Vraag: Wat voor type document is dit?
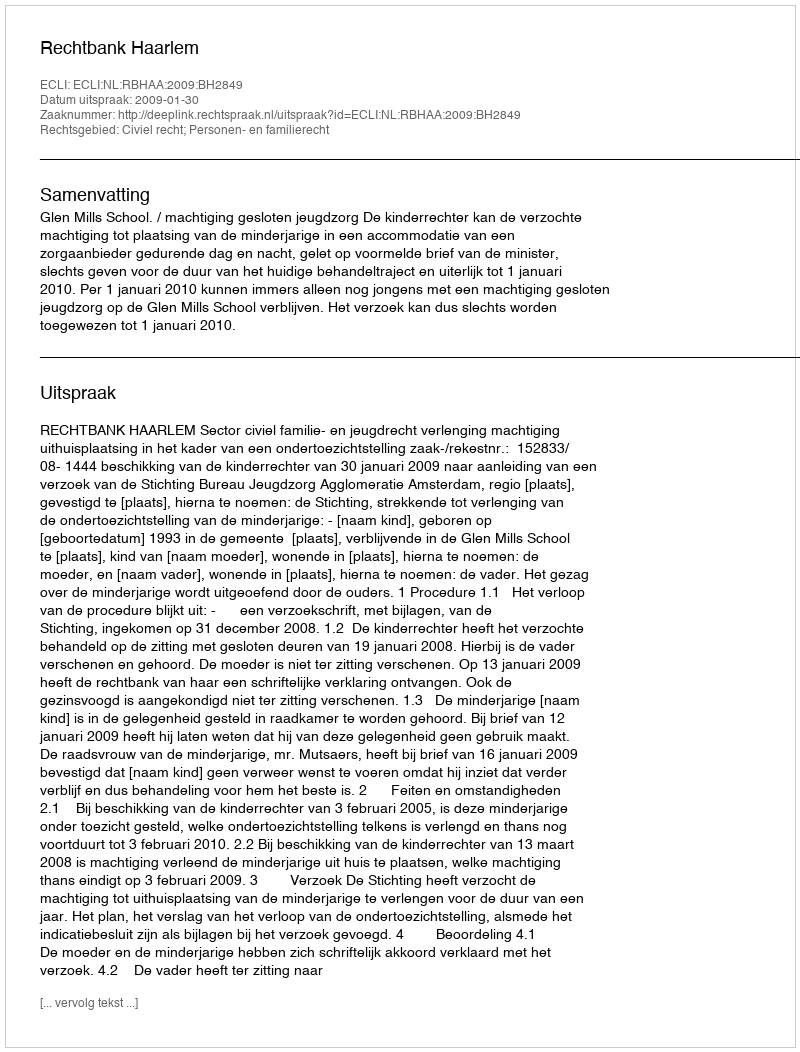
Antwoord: Uitspraak